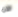
الآن